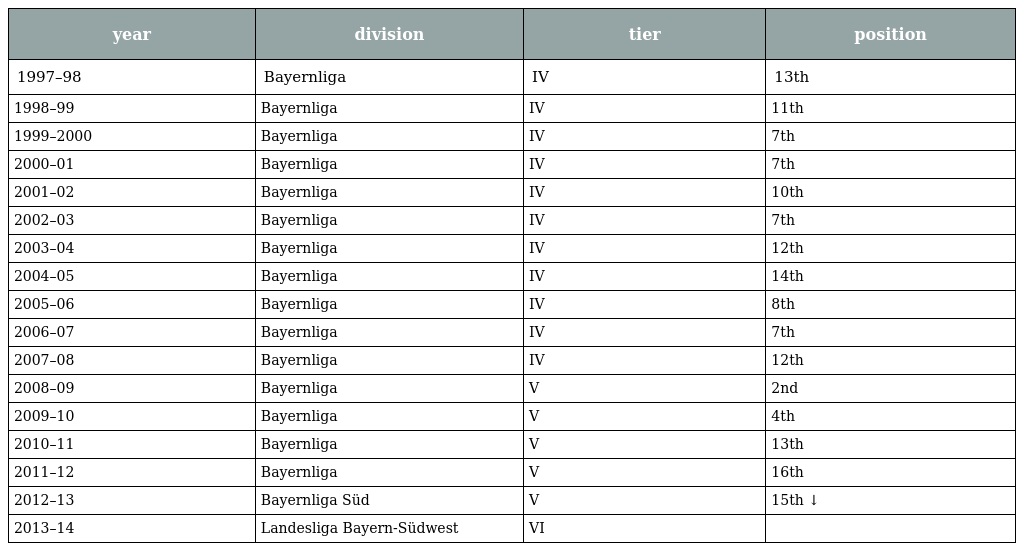
| year | division | tier | position |
 | --- | --- | --- | --- |
 | 1997–98 | Bayernliga | IV | 13th |
 | 1998–99 | Bayernliga | IV | 11th |
 | 1999–2000 | Bayernliga | IV | 7th |
 | 2000–01 | Bayernliga | IV | 7th |
 | 2001–02 | Bayernliga | IV | 10th |
 | 2002–03 | Bayernliga | IV | 7th |
 | 2003–04 | Bayernliga | IV | 12th |
 | 2004–05 | Bayernliga | IV | 14th |
 | 2005–06 | Bayernliga | IV | 8th |
 | 2006–07 | Bayernliga | IV | 7th |
 | 2007–08 | Bayernliga | IV | 12th |
 | 2008–09 | Bayernliga | V | 2nd |
 | 2009–10 | Bayernliga | V | 4th |
 | 2010–11 | Bayernliga | V | 13th |
 | 2011–12 | Bayernliga | V | 16th |
 | 2012–13 | Bayernliga Süd | V | 15th ↓ |
 | 2013–14 | Landesliga Bayern-Südwest | VI |  |